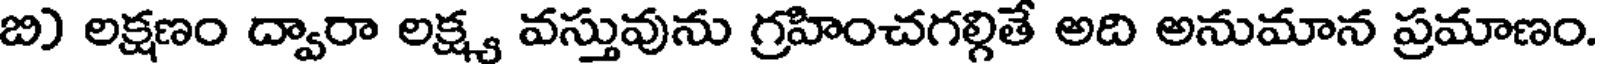
బి) లక్షణం ద్వారా లక్ష్య వస్తువును గ్రహించగల్గితే అది అనుమాన ప్రమాణం